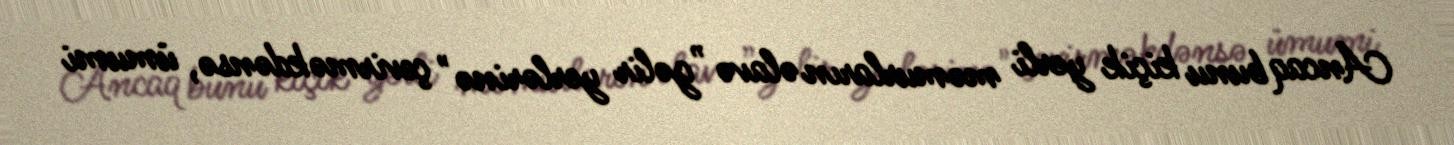
Ancaq bunu kiçik yerli məmurların əlavə ”gəlir yerlərinə" çevirməkdənsə, ümumi